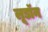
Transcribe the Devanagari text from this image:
लूडॉन